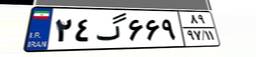
۲۴گ۶۶۹۸۹